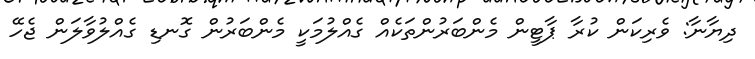
ދިޔާނާ: ވެރިކަން ކުރާ ޕާޓީން މެންބަރުންތަކެއް ގެއްލުމަކީ މެންބަރުން ގޮނޑި ގެއްލުވާލަން ޖެހޭ